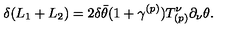
\delta ( L _ { 1 } + L _ { 2 } ) = 2 \delta \bar { \theta } ( 1 + \gamma ^ { ( p ) } ) T _ { ( p ) } ^ { \nu } \partial _ { \nu } \theta .